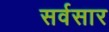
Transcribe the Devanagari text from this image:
सर्वसार